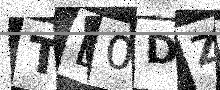
Text: TE0DZ1